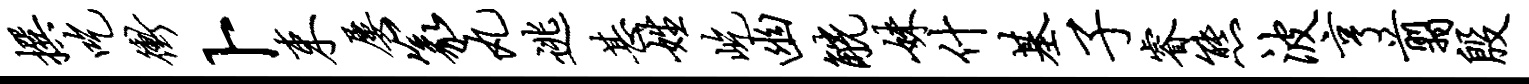
撰吃冲卜束屡篆丸逃甚姓屹幽觥妹什基子睿熊波亨翦殷